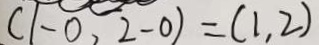
( 1 - 0 , 2 - 0 ) = ( 1 , 2 )